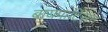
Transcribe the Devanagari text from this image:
बायपार्टिसन